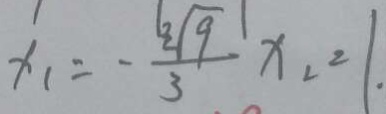
x _ { 1 } = - \frac { 3 \sqrt { 9 } } { 3 } x _ { 2 } = 1 .